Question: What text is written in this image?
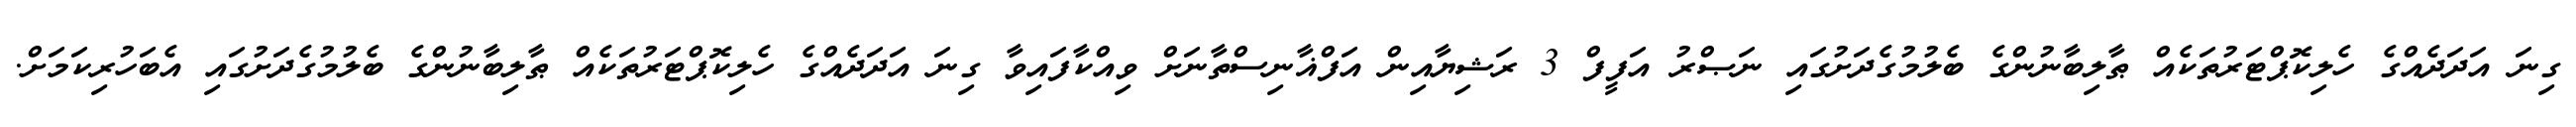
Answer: ގިނަ އަދަދެއްގެ ހެލިކޮޕްޓަރުތަކެއް ޠާލިބާނުންގެ ބެލުމުގެދަށުގައި ނަޞްރު އަފީފް 3 ރަޝިޔާއިން އަފްޣާނިސްތާނަށް ވިއްކާފައިވާ ގިނަ އަދަދެއްގެ ހެލިކޮޕްޓަރުތަކެއް ޠާލިބާނުންގެ ބެލުމުގެދަށުގައި އެބަހުރިކަމަށް.